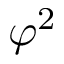
\varphi ^ { 2 }